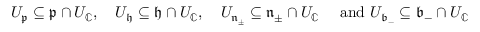
U _ { \mathfrak { p } } \subseteq \mathfrak { p } \cap U _ { \mathbb { C } } , \quad U _ { \mathfrak { h } } \subseteq \mathfrak { h } \cap U _ { \mathbb { C } } , \quad U _ { \mathfrak { n } _ { \pm } } \subseteq \mathfrak { n } _ { \pm } \cap U _ { \mathbb { C } } \quad \mathrm { ~ a n d ~ } U _ { \mathfrak { b } _ { - } } \subseteq { \mathfrak { b } _ { - } } \cap U _ { \mathbb { C } }